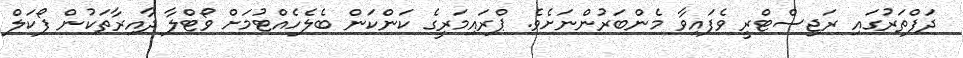
ދަފްތަރުގައި ރަޖިސްޓްރީ ވެފައިވާ މެންބަރުންނަށެވެ. ޕްރައިމަރީގެ ކަންކަން ބެލެހެއްޓުމަށް ވޯޓްލާ ދާއިރާތަކުން ފޯކަލް